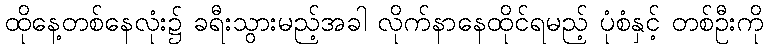
ထိုနေ့တစ်နေလုံး၌ ခရီးသွားမည့်အခါ လိုက်နာနေထိုင်ရမည့် ပုံစံနှင့် တစ်ဦးကို